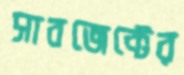
সাবজেক্টের